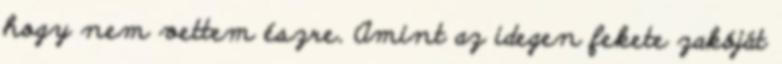
hogy nem vettem észre. Amint az idegen fekete zakóját